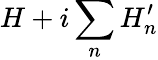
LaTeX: H+i\sum_{n}H_{n}^{\prime}